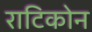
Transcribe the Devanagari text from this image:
राटिकोन